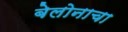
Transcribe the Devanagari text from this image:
बेलोनाचा